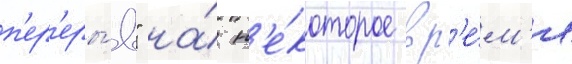
п'ер'еры́в" на́ н'е́которое вр'е́м'я